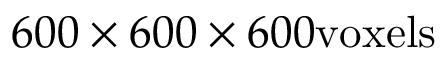
6 0 0 \times 6 0 0 \times 6 0 0 \mathrm { v o x e l s }